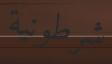
شرطونية